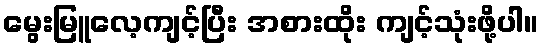
မွေးမြူလေ့ကျင့်ပြီး အစားထိုး ကျင့်သုံးဖို့ပါ။